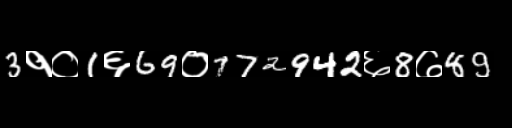
Text: 3१०1६69०772942६8७89